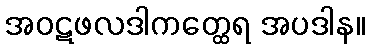
အဝဋဖလဒါကတ္ထေရ အပဒါန။